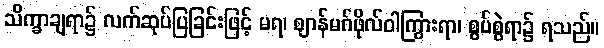
သိက္ခာချရာ၌ လက်ဆုပ်ပြခြင်းဖြင့် မရ၊ ဈာန်မဂ်ဖိုလ်ဝါကြွားရာ၊ စွပ်စွဲရာ၌ ရသည်။